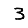
Digit: 3